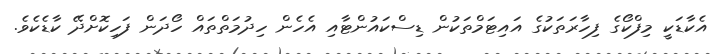
އެކާޑަކީ މިފްކޯގެ ފިހާރަތަކުގެ އައިޓަމްތަކުން ޑިސްކައުންޓާއި އެހެން ހިދުމަތްތައް ހޯދަން ފަހިކޮށްދޭ ކާޑެކެވެ.